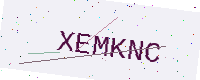
Text: XEMKNC